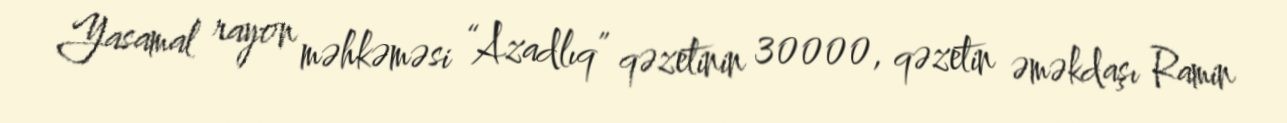
Yasamal rayon məhkəməsi “Azadlıq” qəzetinin 30000, qəzetin əməkdaşı Ramin